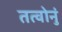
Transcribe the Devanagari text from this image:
तत्वोनुं